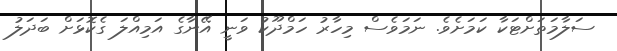
ސަލާމަތަށްޓަކާ ކަމަށެވެ. ނަމަވެސް މިހާރު ހަމްދޫކު ވަނީ އޭނާގެ އަމިއްލަ ގެކޮޅަށް ބަދަލު